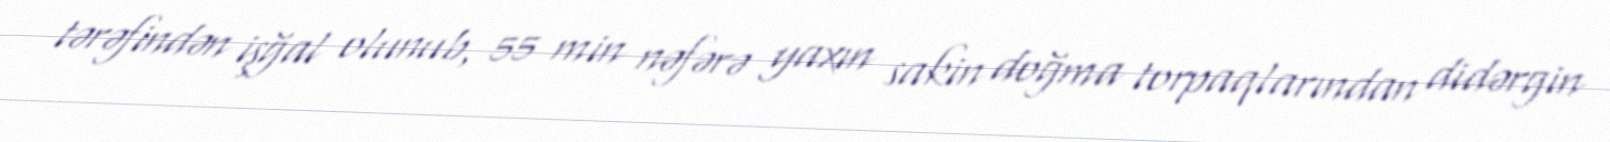
tərəfindən işğal olunub, 55 min nəfərə yaxın sakin doğma torpaqlarından didərgin